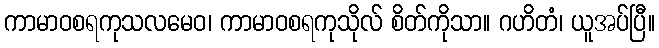
ကာမာဝစရကုသလမေဝ၊ ကာမာဝစရကုသိုလ် စိတ်ကိုသာ။ ဂဟိတံ၊ ယူအပ်ပြီ။